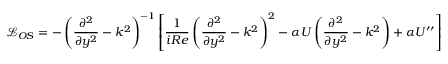
\mathcal { L } _ { O S } = - \left( \frac { \partial ^ { 2 } } { \partial y ^ { 2 } } - k ^ { 2 } \right) ^ { - 1 } \left[ \frac { 1 } { i R e } \left( \frac { \partial ^ { 2 } } { \partial y ^ { 2 } } - k ^ { 2 } \right) ^ { 2 } - \alpha U \left( \frac { \partial ^ { 2 } } { \partial y ^ { 2 } } - k ^ { 2 } \right) + \alpha U ^ { \prime \prime } \right] \mathrm { ~ , ~ }